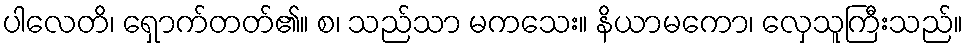
ပါလေတိ၊ ရှောက်တတ်၏။ စ၊ သည်သာ မကသေး။ နိယာမကော၊ လှေသူကြီးသည်။